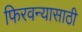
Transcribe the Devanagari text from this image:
फिरवन्यासाठी